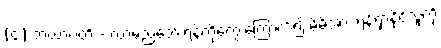
(၄) ဘယာဂတိ - လာမည့်ဘေးရန်ကိုတွေးကြောက်၍ မိမိအား ရန်ရှာနိုင်သူကို